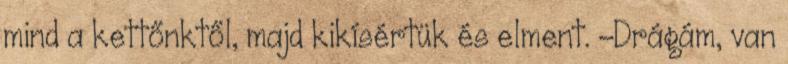
mind a kettőnktől, majd kikísértük és elment. -Drágám, van